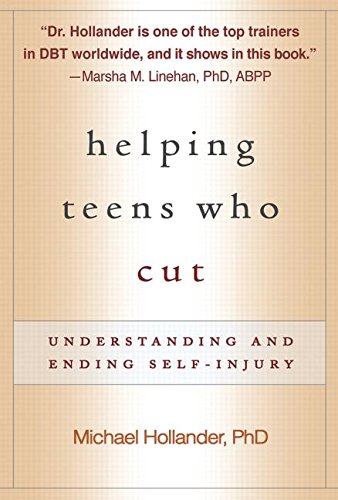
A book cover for Helping Teens Who Cut: Understanding and Ending Self-Injury; Michael Hollander; Education & Teaching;